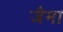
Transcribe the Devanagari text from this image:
जैमा